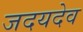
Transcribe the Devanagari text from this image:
जदयदेव